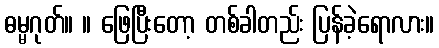
ဓမ္မဂုတ်။ ။ ဖြေပြီးတော့ တစ်ခါတည်း ပြန်ခဲ့ရောလား။